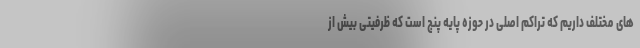
های مختلف داریم که تراکم اصلی در حوزه پایه پنج است که ظرفیتی بیش از